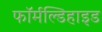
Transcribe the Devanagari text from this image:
फॉर्मल्डिहाइड